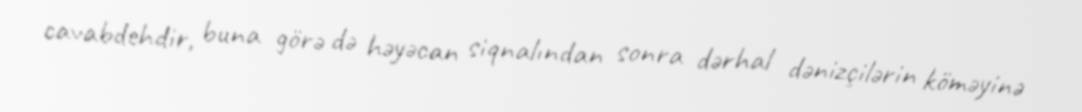
cavabdehdir, buna görə də həyəcan siqnalından sonra dərhal dənizçilərin köməyinə